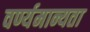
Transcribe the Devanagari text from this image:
वर्ण्यमान्यता